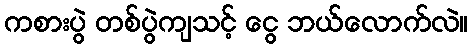
ကစားပွဲ တစ်ပွဲကျသင့် ငွေ ဘယ်လောက်လဲ။